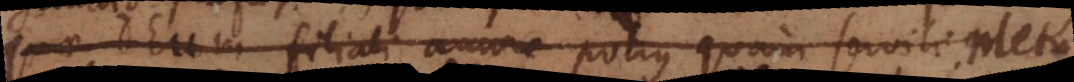
Deum filiali amore potius quam servili metu